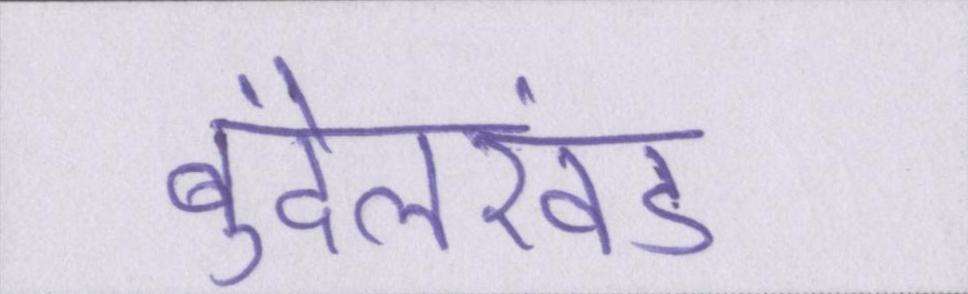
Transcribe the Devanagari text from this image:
बुंदेलखंड